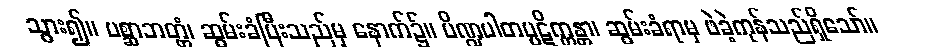
သွား၍။ ပစ္ဆာဘတ္တံ၊ ဆွမ်းခံပြီးသည်မှ နောက်၌။ ပိဏ္ဍပါတပ္ပဋိက္ကန္တာ၊ ဆွမ်းခံရာမှ ဖဲခဲ့ကုန်သည်ရှိသော်။